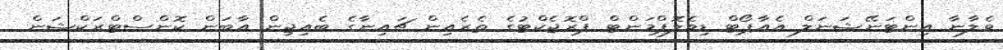
ވެލާނާ އިންޓަނޭޝަނަލް އެއާޕޯޓް ޑިވެލޮޕްމަންޓް ޕްރޮޖެކްޓުގެ ތެރެއިން ޗައިނާގެ ބެއިޖިން އާބަން ކޮންސްޓްރަކްޝަން